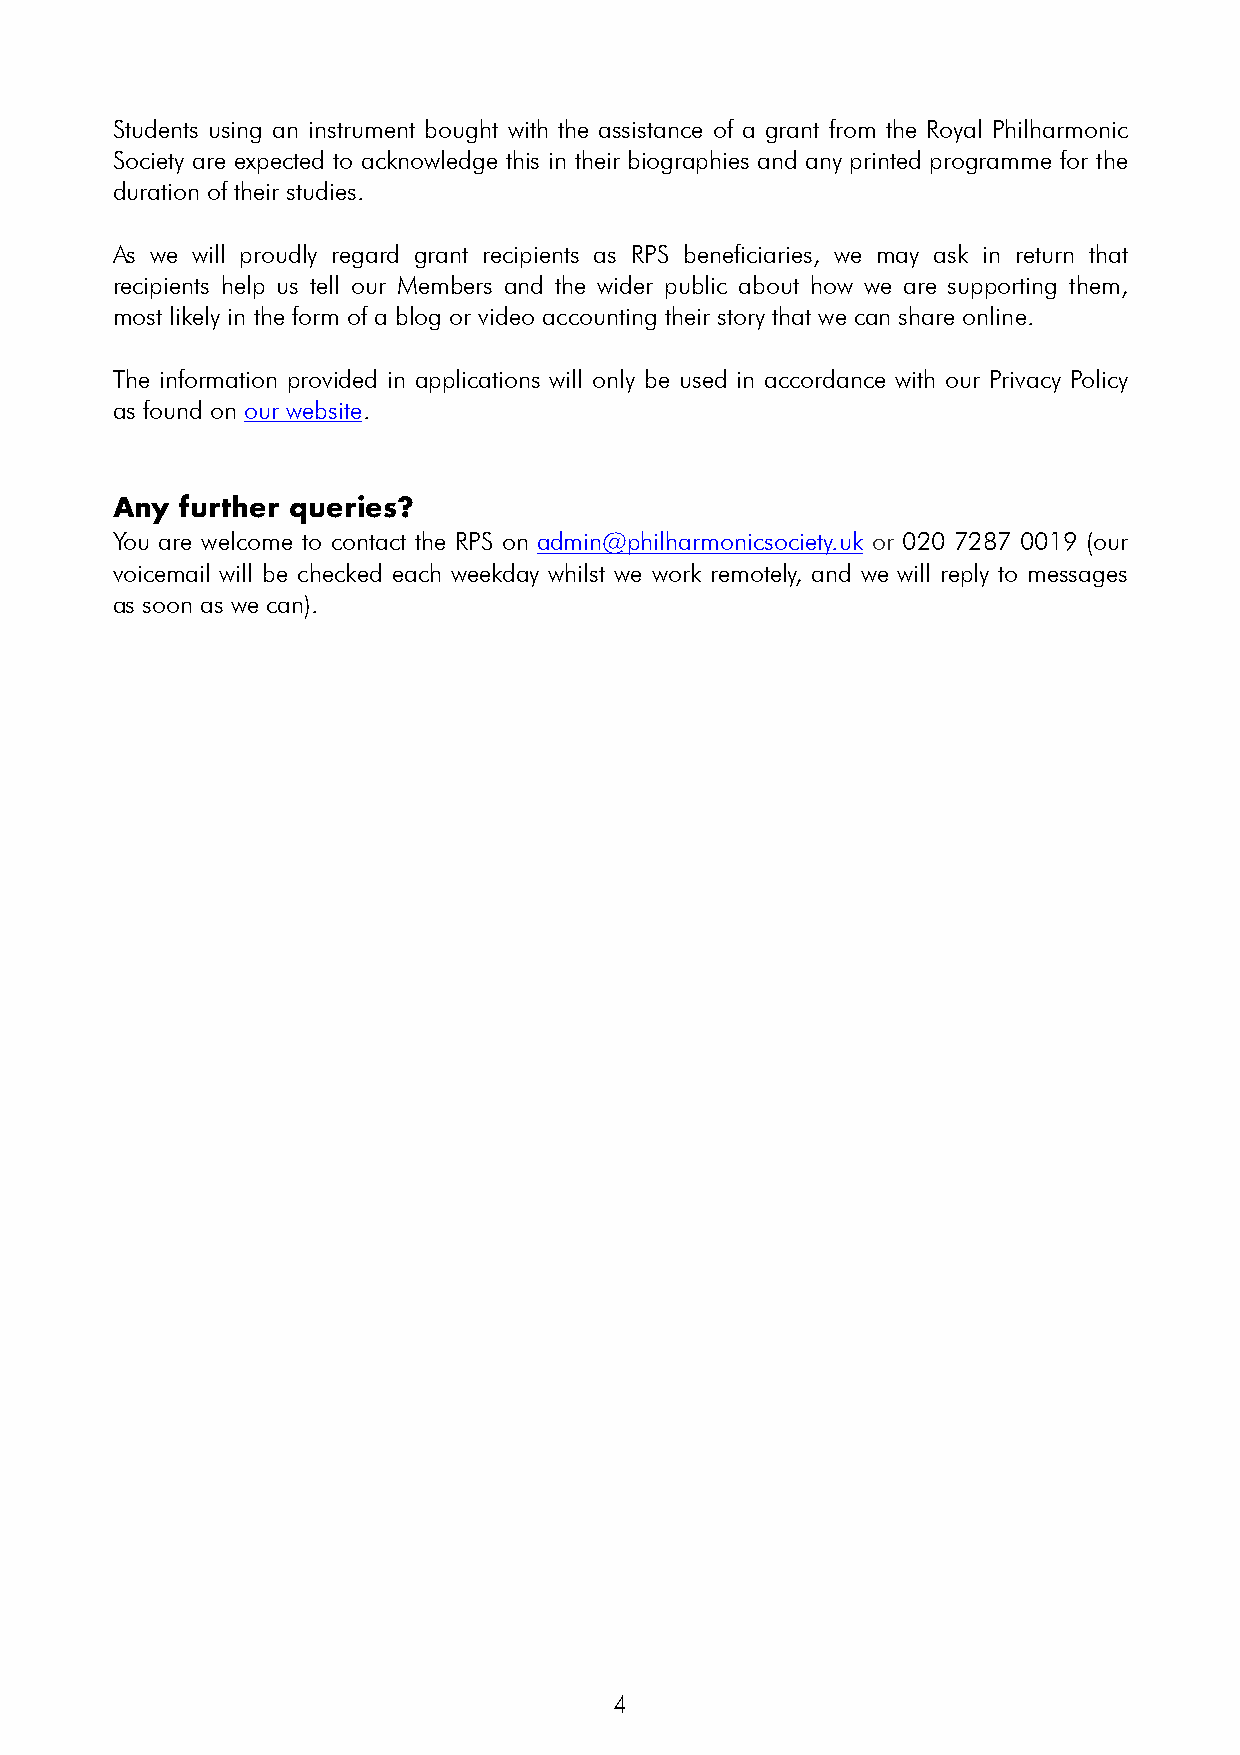
Students using an instrument bought with the assistance of a grant from the Royal Philharmonic
 Society are expected to acknowledge this in their biographies and any printed programme for the
 duration of their studies.
 As we will proudly regard grant recipients as RPS beneficiaries, we may ask in return that
 recipients help us tell our Members and the wider public about how we are supporting them,
 most likely in the form of a blog or video accounting their story that we can share online.
 The information provided in applications will only be used in accordance with our Privacy Policy
 as found on our website.
 Any  further queries?
 You are welcome to contact the RPS on admin@philharmonicsociety.uk or 020 7287 0019 (our
 voicemail will be checked each weekday whilst we work remotely, and we will reply to messages
 as soon as we can).
 !4